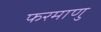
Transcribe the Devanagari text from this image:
फरमाणु